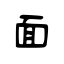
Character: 面